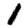
Digit: 1